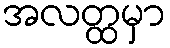
အလတ္ထမှာ